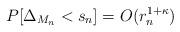
LaTeX: \begin{align*} P[\Delta_{M_n}<s_n]=O(r_n^{1+\kappa}) \end{align*}